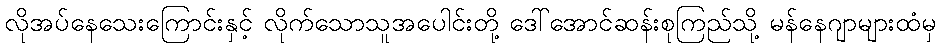
လိုအပ်နေသေးကြောင်းနှင့် လိုက်သောသူအပေါင်းတို့ ဒေါ်အောင်ဆန်းစုကြည်သို့ မန်နေဂျာများထံမှ